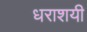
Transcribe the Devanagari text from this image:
धराशयी